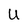
Character: U